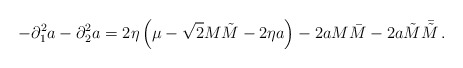
\begin{align*}-\partial_{1}^{2}a-\partial_{2}^{2}a=2\eta\left(\mu-\sqrt{2}M\tilde{M}-2\eta a\right)-2a M\bar{M}-2a\tilde{M}\bar{\tilde{M}}\,. \end{align*}